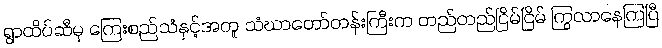
ရွာထိပ်ဆီမှ ကြေးစည်သံနှင့်အတူ သံဃာတော်တန်းကြီးက တည်တည်ငြိမ်ငြိမ် ကြွလာနေကြပြီ